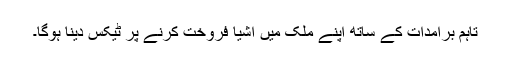
تاہم برآمدات کے ساتھ اپنے ملک میں اشیا فروخت کرنے پر ٹیکس دینا ہوگا۔